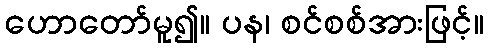
ဟောတော်မူ၍။ ပန၊ စင်စစ်အားဖြင့်။